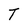
Character: T